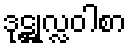
ဒုဋ္ဌုလ္လဝါစာ